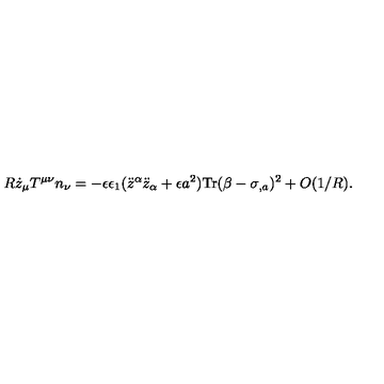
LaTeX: R \dot { z } _ { \mu } T ^ { \mu \nu } n _ { \nu } = - \epsilon \epsilon _ { 1 } ( \ddot { z } ^ { \alpha } \ddot { z } _ { \alpha } + \epsilon a ^ { 2 } ) \mathrm { T r } ( \beta - \sigma _ { , a } ) ^ { 2 } + O ( 1 / R ) .